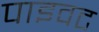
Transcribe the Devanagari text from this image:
पाइवट